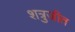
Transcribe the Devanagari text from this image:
शत्रुजीत